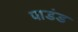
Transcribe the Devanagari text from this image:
पाडंड